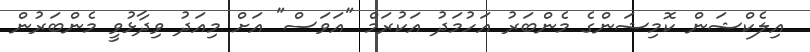
އިލެކްޝަން ކޮމިޝަންގެ މެންބަރު އަހުމަދު އަކުރަމް "އަވަސް" އަށް މިއަދު ވިދާޅުވީ މެންބަރުން